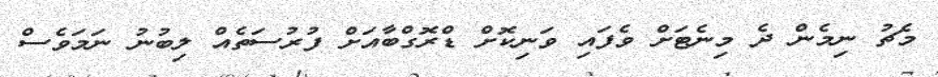
މެޗު ނިމެން ދެ މިނެޓަށް ވެފައި ވަނިކޮށް ޑްރޮގްބާއަށް ފުރުސަތެއް ލިބުނު ނަމަވެސް